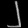
Digit: ၂